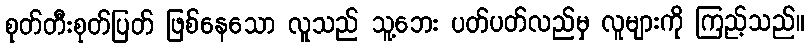
စုတ်တီးစုတ်ပြတ် ဖြစ်နေသော လူသည် သူ့ဘေး ပတ်ပတ်လည်မှ လူများကို ကြည့်သည်။